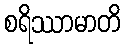
စရိဿာမာတိ